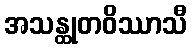
အသန္ထုတဝိဿာသီ